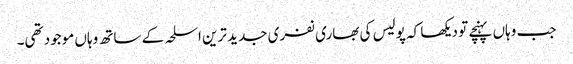
جب وہاں پہنچے تو دیکھا کہ پولیس کی بھاری نفری جدید ترین اسلحہ کے ساتھ وہاں موجود تھی۔